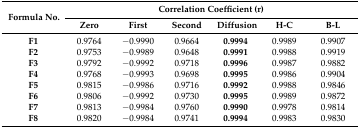
<table><thead><tr><td rowspan="2"><b>Formula No.</b></td><td colspan="6"><b>Correlation Coefficient (r)</b></td></tr><tr><td><b>Zero</b></td><td><b>First</b></td><td><b>Second</b></td><td><b>Diffusion</b></td><td><b>H-C</b></td><td><b>B-L</b></td></tr></thead><tbody><tr><td><b>F1</b></td><td>0.9764</td><td>−0.9990</td><td>0.9664</td><td><b>0.9994</b></td><td>0.9989</td><td>0.9907</td></tr><tr><td><b>F2</b></td><td>0.9753</td><td>−0.9989</td><td>0.9648</td><td><b>0.9991</b></td><td>0.9988</td><td>0.9919</td></tr><tr><td><b>F3</b></td><td>0.9792</td><td>−0.9992</td><td>0.9718</td><td><b>0.9996</b></td><td>0.9987</td><td>0.9882</td></tr><tr><td><b>F4</b></td><td>0.9768</td><td>−0.9993</td><td>0.9698</td><td><b>0.9995</b></td><td>0.9986</td><td>0.9904</td></tr><tr><td><b>F5</b></td><td>0.9815</td><td>−0.9986</td><td>0.9716</td><td><b>0.9992</b></td><td>0.9988</td><td>0.9846</td></tr><tr><td><b>F6</b></td><td>0.9806</td><td>−0.9992</td><td>0.9730</td><td><b>0.9995</b></td><td>0.9989</td><td>0.9872</td></tr><tr><td><b>F7</b></td><td>0.9813</td><td>−0.9984</td><td>0.9760</td><td><b>0.9990</b></td><td>0.9978</td><td>0.9814</td></tr><tr><td><b>F8</b></td><td>0.9820</td><td>−0.9984</td><td>0.9741</td><td><b>0.9994</b></td><td>0.9983</td><td>0.9830</td></tr></tbody></table>